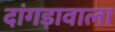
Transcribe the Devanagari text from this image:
दांगड़ावाला